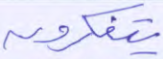
يتفكرون